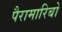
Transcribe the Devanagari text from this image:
पैरामारिबो